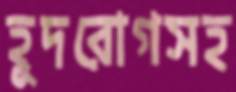
হূদরোগসহ